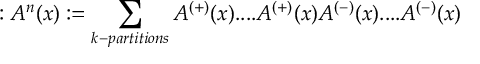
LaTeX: : A ^ { n } ( x ) : = \sum _ { k - p a r t i t i o n s } A ^ { \left( + \right) } ( x ) . . . . A ^ { \left( + \right) } ( x ) A ^ { \left( - \right) } ( x ) . . . . A ^ { \left( - \right) } ( x )